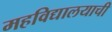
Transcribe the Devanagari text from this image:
महविद्यालयाची